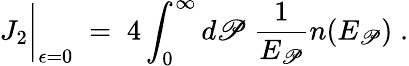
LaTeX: J_{2}\bigg|_{\epsilon=0}\; =\; 4\int_{0}^{\infty}d\mathscr{P}\; {\frac{{1}}{{E_{\mathscr{P}}}}}n(E_{\mathscr{P}})\; .